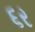
૬ર